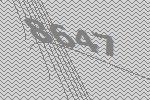
8647